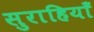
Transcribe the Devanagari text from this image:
सुराहियाँ